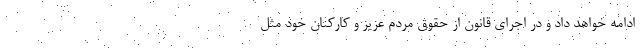
ادامه خواهد داد و در اجرای قانون از حقوق مردم عزیز و کارکنان خود مثل